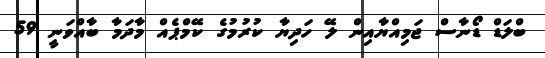
ބްލަޑް ޑޯނާސް ޖަމިއްޔާއިން ލޭ ހަދިޔާ ކުރުމުގެ ކޭމްޕެއް މާދަމާ ބާއްވަނީ 59